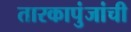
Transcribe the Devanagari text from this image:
तारकापुंजांची